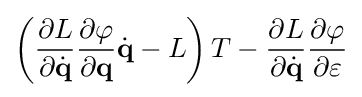
\left({\frac {\partial L}{\partial {\dot {\mathbf {q} }}}}{\frac {\partial \varphi }{\partial \mathbf {q} }}{\dot {\mathbf {q} }}-L\right)T-{\frac {\partial L}{\partial {\dot {\mathbf {q} }}}}{\frac {\partial \varphi }{\partial \varepsilon }}